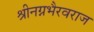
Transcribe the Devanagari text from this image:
श्रीनग्नभैरवराज